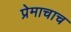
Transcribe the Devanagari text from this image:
प्रेमाचाच